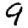
Digit: 9